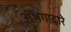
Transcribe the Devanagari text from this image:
अभंगाद्वारे